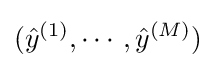
({\hat {y}}^{(1)},\cdots ,{\hat {y}}^{(M)})